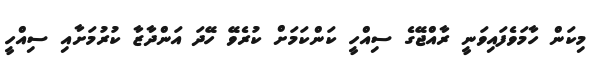
މިކަން ހާމަވެފައިވަނީ ރާއްޖޭގެ ސިއްހީ ކަންކަމަށް ކުރެވޭ ހޭދަ އަންދާޒާ ކުރުމަށާއި ސިއްހީ